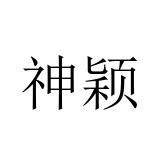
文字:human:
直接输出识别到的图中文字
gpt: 神颖